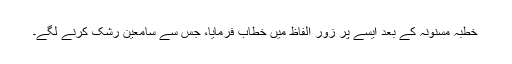
خطبہ مسنونہ کے بعد ایسے پر زور الفاظ میں خطاب فرمایا، جس سے سامعین رشک کرنے لگے۔